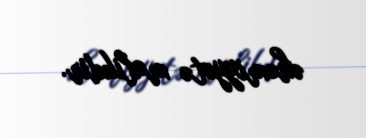
əhəmiyyətə malikdir.